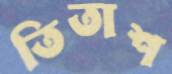
তিতাশ